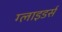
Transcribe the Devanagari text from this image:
ग्लाइडर्स